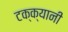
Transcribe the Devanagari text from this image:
टक्क्यानी